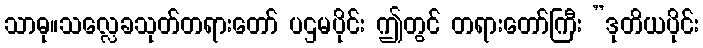
သာဓု။သလ္လေခသုတ်တရားတော် ပဌမပိုင်း ဤတွင် တရားတော်ကြီး ”ဒုတိယပိုင်း